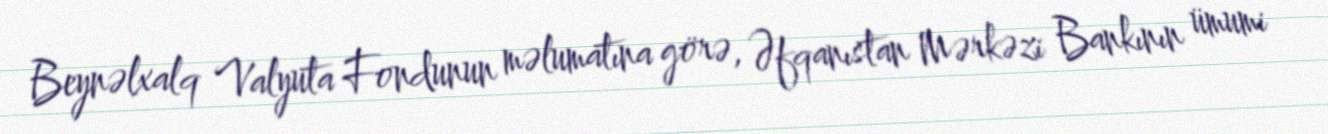
Beynəlxalq Valyuta Fondunun məlumatına görə, Əfqanıstan Mərkəzi Bankının ümumi